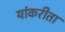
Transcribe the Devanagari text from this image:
यांकरीता